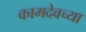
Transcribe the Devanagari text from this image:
कामदेवच्या